Annual statistical returns and brief notes on vaccination in Bengal - 1887-1898
Year: 1887
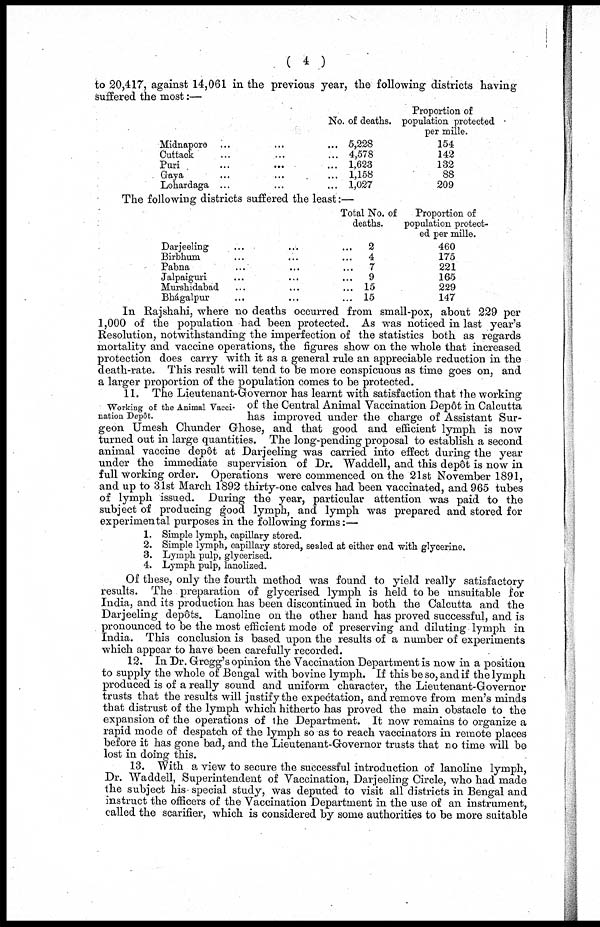
( 4 )
to 20,417, against 14,061 in the previous year, the following districts having
suffered the most:—
Midnapore ... ...
Cuttack ... ...
Puri
...
...
Gaya ... ...
Lohardaga ... ...
No. of deaths.
5,228
4,578
1,623
1,158
1,027
Proportion of
population protected
per mille.
154
142
132
88
209
The following districts suffered the least:—
Darjeeling ... ...
Birbhum ... ...
Pabna ... ...
Jalpaiguri ... ...
Murshidabad ... ...
Bhagalpur ... ...
Total No. of
deaths.
2
4
7
9
15
15
Proportion of
population protect-
ed per mille.
460
175
221
165
229
147
In Rajshahi, where no deaths occurred from small-pox, about 229 per
1,000 of the population had been protected. As was noticed in last year's
Resolution, notwithstanding the imperfection of the statistics both as regards
mortality and vaccine operations, the figures show on the whole that increased
protection does carry with it as a general rule an appreciable reduction in the
death-rate. This result will tend to be more conspicuous as time goes on, and
a larger proportion of the population comes to be protected.
Working of the Animal Vacci-
nation Depôt.
11. The Lieutenant-Governor has learnt with satisfaction that the working
of the Central Animal Vaccination Depôt in Calcutta
has improved under the charge of Assistant Sur-
geon Umesh Chunder Ghose, and that good and efficient lymph is now
turned out in large quantities. The long-pending proposal to establish a second
animal vaccine depôt at Darjeeling was carried into effect during the year
under the immediate supervision of Dr. Waddell, and this depôt is now in
full working order. Operations were commenced on the 21st November 1891,
and up to 31st March 1892 thirty-one calves had been vaccinated, and 965 tubes
of lymph issued. During the year, particular attention was paid to the
subject of producing good lymph, and lymph was prepared and stored for
experimental purposes in the following forms:—
1. Simple lymph, capillary stored.
2. Simple lymph, capillary stored, sealed at either end with glycerine.
3. Lymph pulp, glycerised.
4. Lymph pulp, lanolized.
Of these, only the fourth method was found to yield really satisfactory
results. The preparation of glycerised lymph is held to be unsuitable for
India, and its production has been discontinued in both the Calcutta and the
Darjeeling depôts. Lanoline on the other hand has proved successful, and is
pronounced to be the most efficient mode of preserving and diluting lymph in
India. This conclusion is based upon the results of a number of experiments
which appear to have been carefully recorded.
12. In Dr. Gregg's opinion the Vaccination Department is now in a position
to supply the whole of Bengal with bovine lymph. If this be so, and if the lymph
produced is of a really sound and uniform character, the Lieutenant-Governor
trusts that the results will justify the expectation, and remove from men's minds
that distrust of the lymph which hitherto has proved the main obstacle to the
expansion of the operations of the Department. It now remains to organize a
rapid mode of despatch of the lymph so as to reach vaccinators in remote places
before it has gone bad, and the Lieutenant-Governor trusts that no time will be
lost in doing this.
13. With a view to secure the successful introduction of lanoline lymph,
Dr. Waddell, Superintendent of Vaccination, Darjeeling Circle, who had made
the subject his special study, was deputed to visit all districts in Bengal and
instruct the officers of the Vaccination Department in the use of an instrument,
called the scarifier, which is considered by some authorities to be more suitable